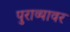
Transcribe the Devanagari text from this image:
पुराव्यावर